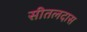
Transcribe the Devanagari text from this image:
सीतलदास